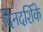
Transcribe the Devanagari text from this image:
दिनदर्शिके